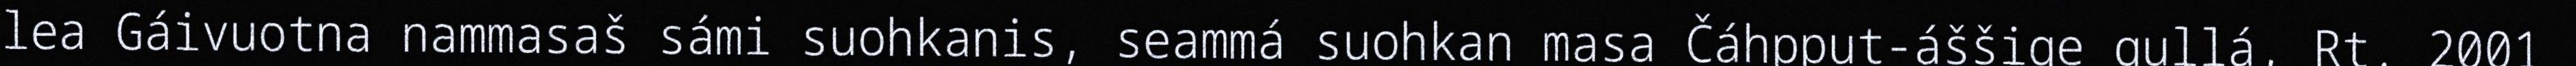
lea Gáivuotna nammasaš sámi suohkanis, seammá suohkan masa Čáhpput-áššige gullá, Rt. 2001